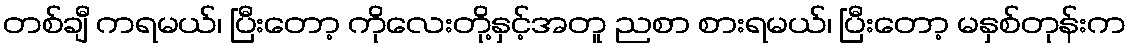
တစ်ချီ ကရမယ်၊ ပြီးတော့ ကိုလေးတို့နှင့်အတူ ညစာ စားရမယ်၊ ပြီးတော့ မနှစ်တုန်းက